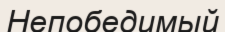
Непобедимый